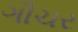
ગૌચર